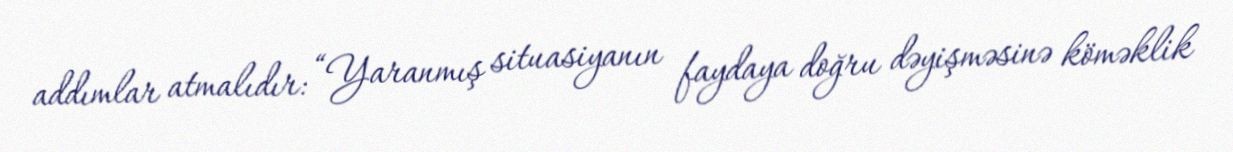
addımlar atmalıdır: “Yaranmış situasiyanın faydaya doğru dəyişməsinə köməklik